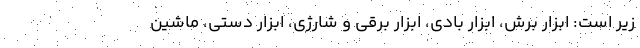
زیر است: ابزار برش، ابزار بادی، ابزار برقی و شارژی، ابزار دستی، ماشین